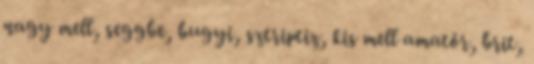
nagy mell, seggbe, bugyi, sztriptiz, kis mell amatőr, brit,